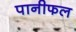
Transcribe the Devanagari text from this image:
पानीफल